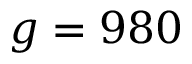
g = 9 8 0